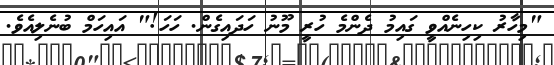
"މިހާރު ކިހިނެއްވީ ގައިމު ދެންމެ ހުރީ މޫނު ހަދައިގެން. ހަހަ!" އައިހަމް ބުނެލިއެވެ.